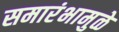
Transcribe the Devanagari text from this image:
समारंभामुळे